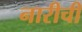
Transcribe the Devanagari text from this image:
नारीची